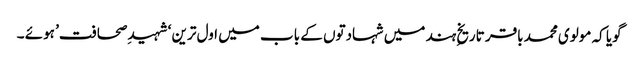
گویا کہ مولوی محمد باقر تاریخِ ہند میں شہادتوں کے باب میں اول ترین ‘شہید ِصحافت’ ہوئے ۔